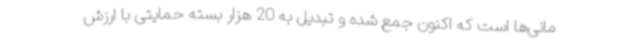
مانی‌ها است که اکنون جمع شده و تبدیل به 20 هزار بسته حمایتی با ارزش